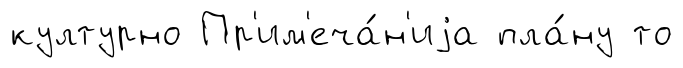
културно Пр'им'еча́н'иjа пла́ну то